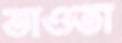
ভাওতা